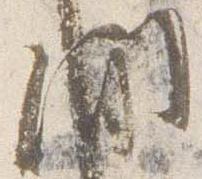
間